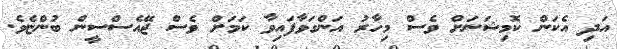
އަދި އެކަން ކޮމިޝަނަށް ވެސް މިހާރު އަންގަވާފައިވާ ކަމަށް ވެސް ޖޭއެސްސީން ބުންޏެވެ.